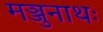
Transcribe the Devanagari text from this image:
मञ्जुनाथः